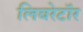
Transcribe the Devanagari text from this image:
लिबरेटॉर